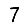
Digit: 7